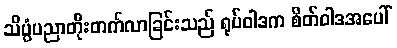
သိပ္ပံပညာတိုးတက်လာခြင်းသည် ရုပ်ဝါဒက စိတ်ဝါဒအပေါ်